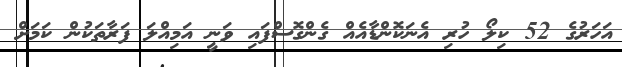
އަހަރުގެ 52 ކިލޯ ހުރި އެނަކޮންޑާއެއް ގެންގޮސްފައި ވަނީ އަމިއްލަ ފަރާތަކުން ކަމަށް